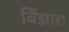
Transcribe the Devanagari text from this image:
बिँझारा